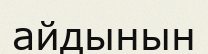
айдынын